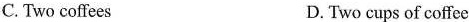
C. Two coffees D.Two cups of coffce